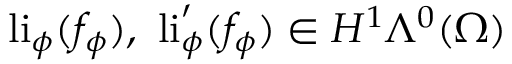
\mathrm { l i } _ { \phi } ( f _ { \phi } ) , \ \mathrm { l i } _ { \phi } ^ { \prime } ( f _ { \phi } ) \in H ^ { 1 } \Lambda ^ { 0 } ( \Omega )